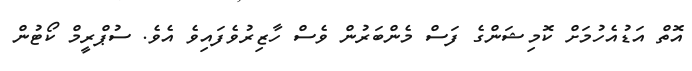
އޮތް އަޑުއެހުމަށް ކޮމިޝަންގެ ފަސް މެންބަރުން ވެސް ހާޒިރުވެފައިވެ އެވެ. ސުޕްރީމް ކޯޓުން